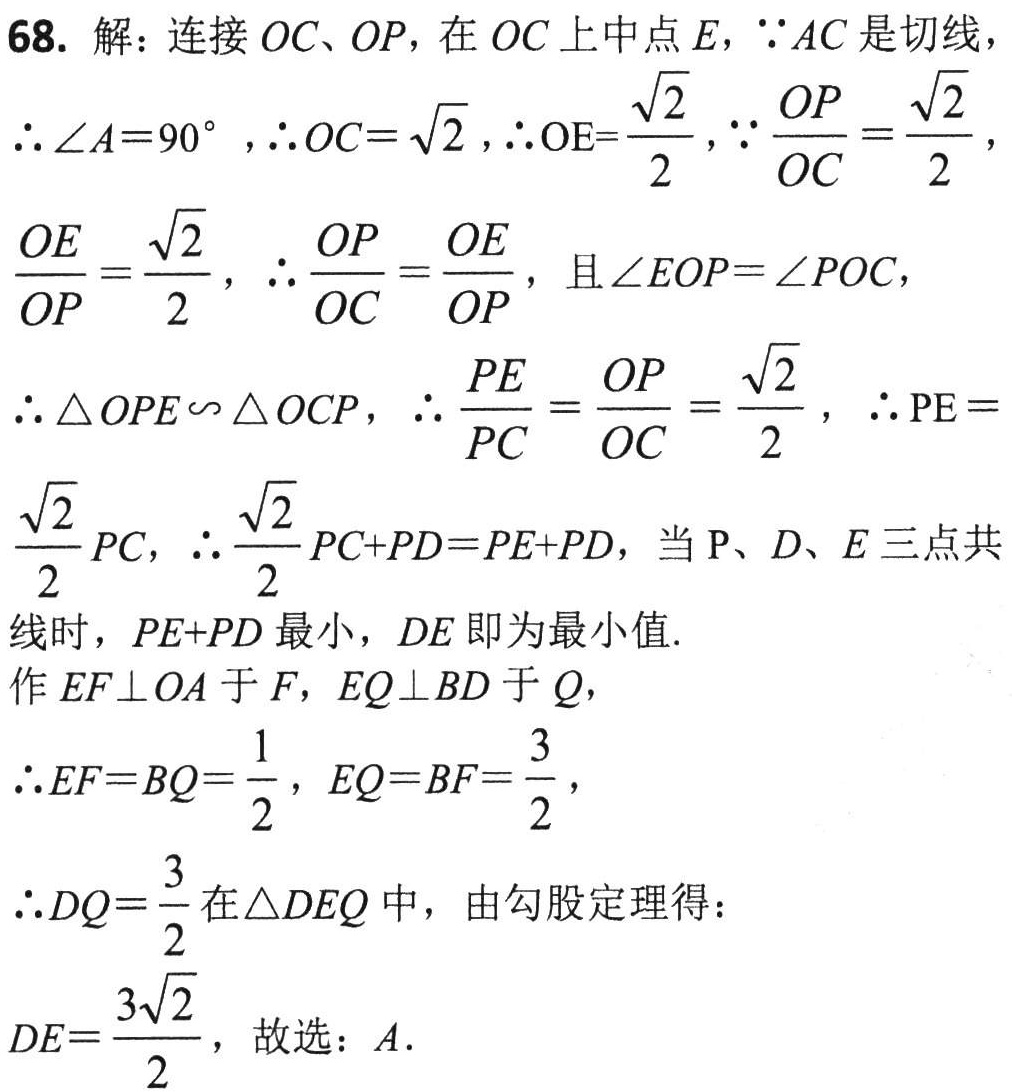
68. 解：连接 \(OC、OP\)，在 \(OC\) 上中点 \(E\)，\(\because AC\) 是切线，
\(\therefore \angle A = 90^{\circ}\)，\(\therefore OC=\sqrt{2}\)，\(\therefore OE = \frac{\sqrt{2}}{2}\)，\(\because \frac{OP}{OC}=\frac{\sqrt{2}}{2}\)，
\(\frac{OE}{OP}=\frac{\sqrt{2}}{2}\)，\(\therefore \frac{OP}{OC}=\frac{OE}{OP}\)，且 \(\angle EOP=\angle POC\)，
\(\therefore \triangle OPE\sim \triangle OCP\)，\(\therefore \frac{PE}{PC}=\frac{OP}{OC}=\frac{\sqrt{2}}{2}\)，\(\therefore PE =
\frac{\sqrt{2}}{2}PC\)，\(\therefore \frac{\sqrt{2}}{2}PC + PD=PE + PD\)，当 \(P、D、E\) 三点共
线时，\(PE + PD\) 最小，\(DE\) 即为最小值.
作 \(EF\perp OA\) 于 \(F\)，\(EQ\perp BD\) 于 \(Q\)，
\(\therefore EF = BQ=\frac{1}{2}\)，\(EQ = BF=\frac{3}{2}\)，
\(\therefore DQ=\frac{3}{2}\) 在 \(\triangle DEQ\) 中，由勾股定理得：
\(DE=\frac{3\sqrt{2}}{2}\)，故选：\(A\).